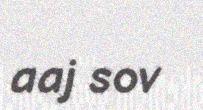
aaj sov